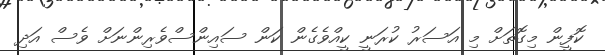
ކޮފީން މިގޮތަށް މި އަސަރު ކުރަނީ ކީއްވެގެން ކަން ސައިންސްވެރިންނަށް ވެސް އަދި